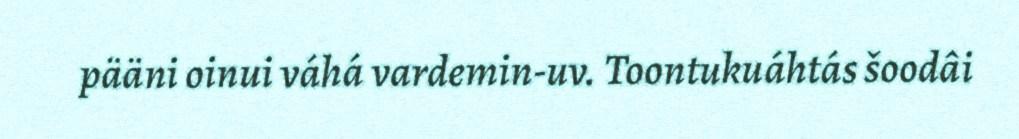
pääni oinui váhá vardemin-uv. Toontukuáhtás šoodâi